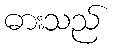
ဓားသည်